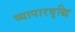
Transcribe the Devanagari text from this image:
व्यापारवृद्धि